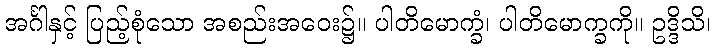
အင်္ဂါနှင့် ပြည့်စုံသော အစည်းအဝေး၌။ ပါတိမောက္ခံ၊ ပါတိမောက္ခကို။ ဥဒ္ဒိသိ၊